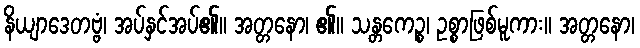
နိယျာဒေတဗ္ဗံ၊ အပ်နှင်အပ်၏။ အတ္တနော၊ ၏။ သန္တကေဉ္စ၊ ဥစ္စာဖြစ်မူကား။ အတ္တနော၊